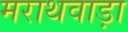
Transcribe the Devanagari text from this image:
मराथवाड़ा